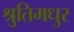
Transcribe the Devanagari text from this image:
श्रुतिमधुर